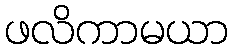
ဖလိကာမယာ